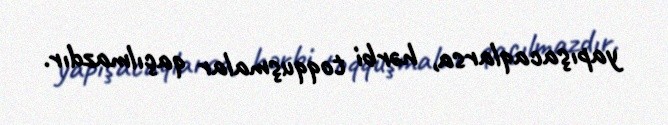
yapışacaqlarsa, hərbi toqquşmalar qaçılmazdır.